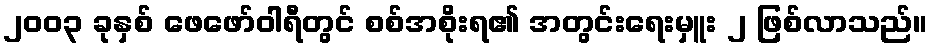
၂၀၀၃ ခုနှစ် ဖေဖော်ဝါရီတွင် စစ်အစိုးရ၏ အတွင်းရေးမှူး ၂ ဖြစ်လာသည်။